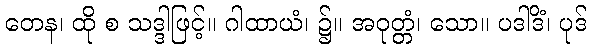
တေန၊ ထို စ သဒ္ဒါဖြင့်။ ဂါထာယံ၊ ၌။ အဝုတ္တံ၊ သော။ ပဒါဒိံ၊ ပုဒ်